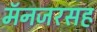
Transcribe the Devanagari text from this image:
मॅनजरसह